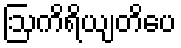
ဩကိရိယျတိပေ